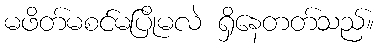
မဖိတ်မစင်မပြိုမလဲ ရှိနေတတ်သည်။